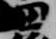
田